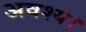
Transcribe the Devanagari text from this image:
अवश्य।